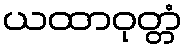
ယထာဝုတ္တံ